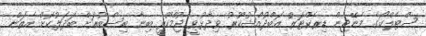
ސްޓެލްކޯގެ މެނޭޖިން ޑިރެކްޓަރު އަބްދުއްޝުކޫރު ވިދާޅުވީ ޖުމްހޫރީ ބިނާ ބިސްބުރަށް ބަދަލުކޮށް އެތަން